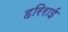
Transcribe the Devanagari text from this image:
हरिराई